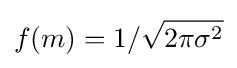
f(m)=1/{\sqrt {2\pi \sigma ^{2}}}